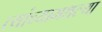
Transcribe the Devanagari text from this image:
त्यांच्यामधल्या